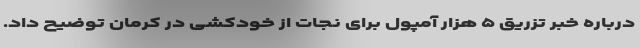
درباره خبر تزریق ۵ هزار آمپول برای نجات از خودکشی در کرمان توضیح داد.